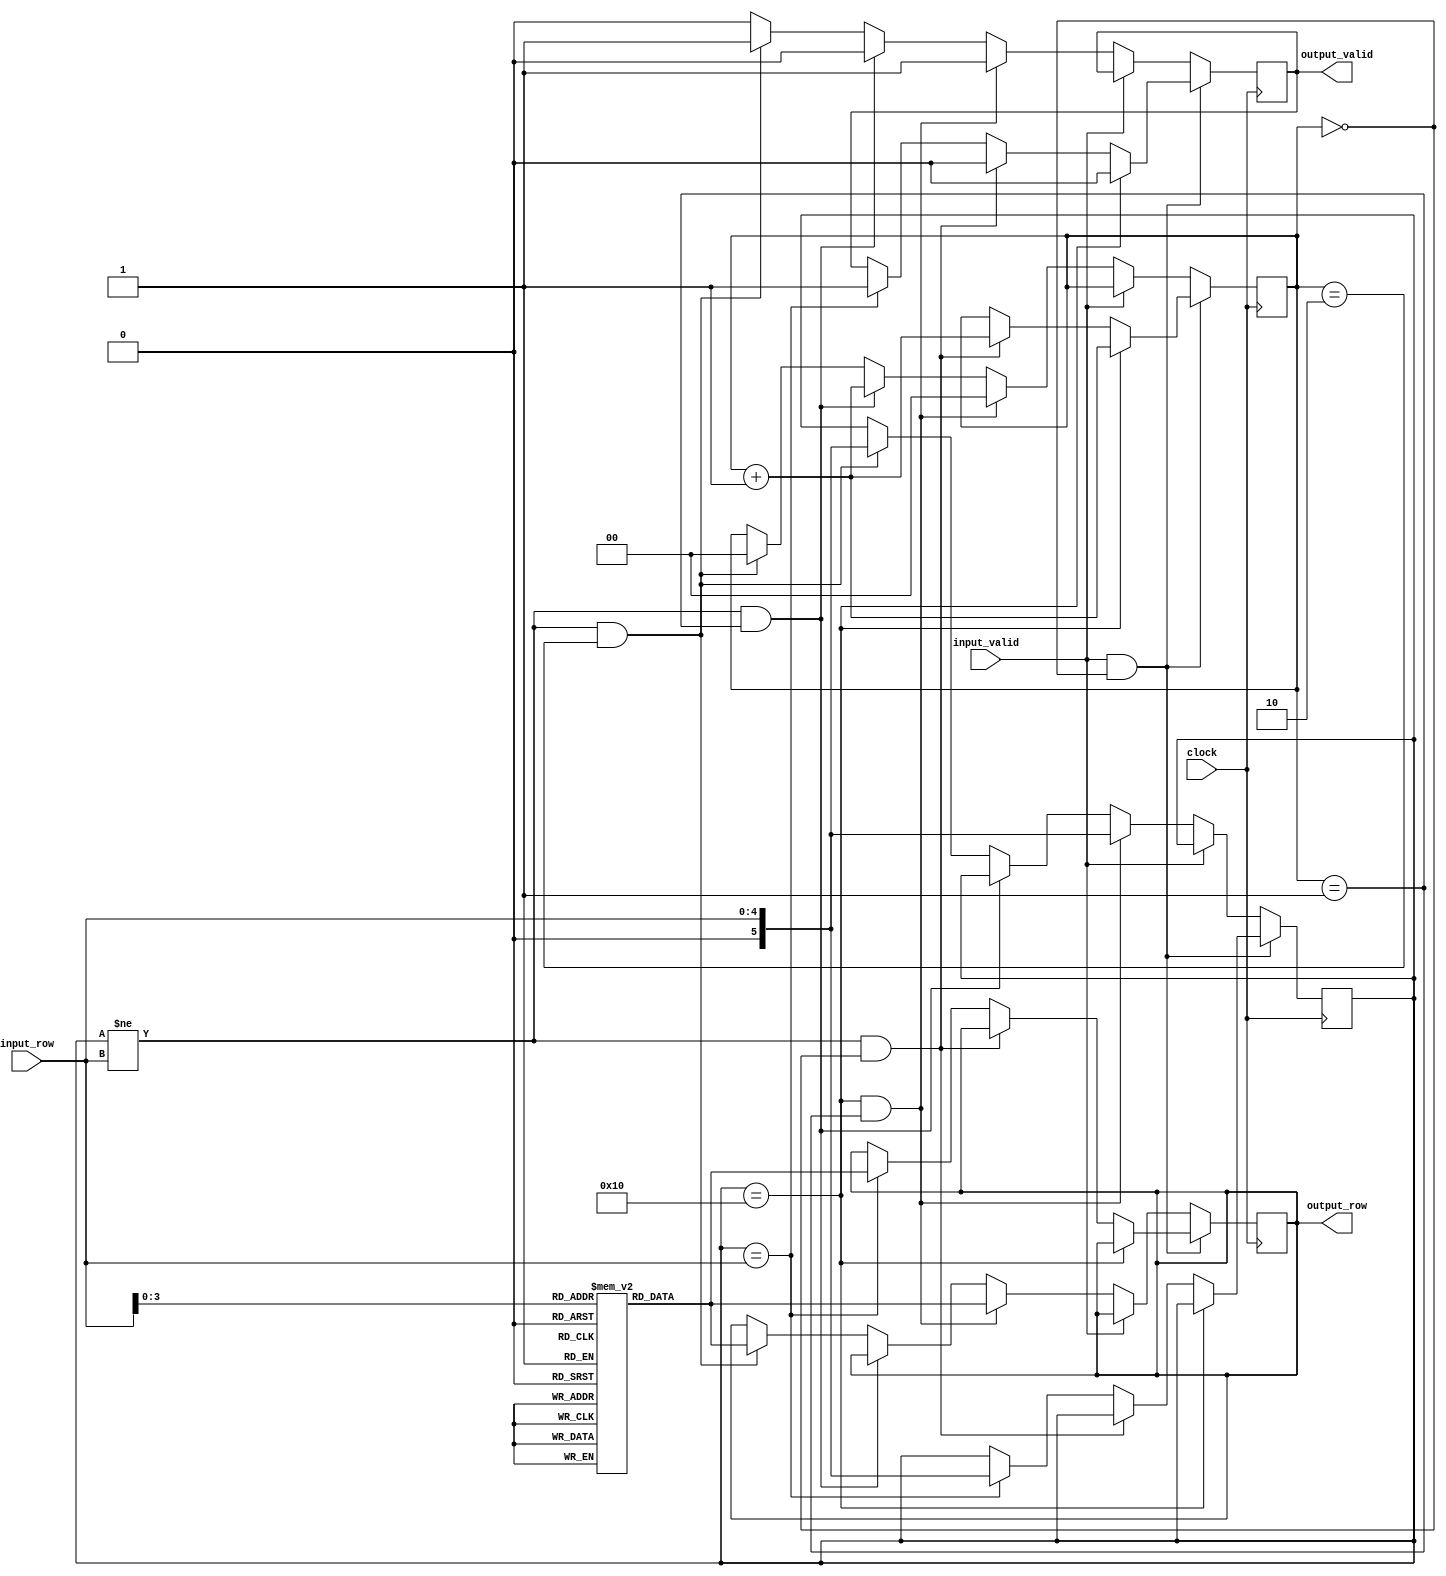
module read(clock, input_row, input_valid, output_row, output_valid);

    reg [31:0] r [15:0]; 
    input clock; 
    input [4:0] input_row;
    input input_valid; 

    output [31:0] output_row;
    reg [31:0] output_row;

    output output_valid; 
    reg output_valid; 

    reg [5:0] open_row;  

    reg [1:0] count; 

    always @(posedge clock) begin
    if (input_valid == 1 && count == 0) begin
        if (open_row == 16) begin
          count <= count + 1; 
          output_valid <= 0;          
        end
          
        else if (open_row != input_row && count == 0) begin
          count <= count + 1; 
          output_valid <= 0; 
        end

        else if (open_row == input_row) begin
          output_valid = 0;
          output_valid <= 1;
          open_row <= input_row; 
          output_row <= r[input_row];
        end
    end
    else if (input_valid == 0) begin
        output_valid <= 0;
        if (open_row == 16 && count == 1) begin
          count <= 0; 
          output_valid <= 1;
          open_row <= input_row; 
          output_row <= r[input_row]; 
        end

        else if (open_row != input_row && count == 1) begin
          count <= count + 1; 
          output_valid <= 0; 
        end

        else if (open_row != input_row && count == 2) begin
          count <= 0; 
          output_valid <= 1;
          open_row <= input_row; 
          output_row <= r[input_row]; 
        end
    end
    end

    initial begin
        r[0] <= 0;
        r[1] <= 1;
        r[2] <= 2;
        r[3] <= 3;
        r[4] <= 4;
        r[5] <= 5;
        r[6] <= 6;
        r[7] <= 7;
        r[8] <= 8;
        r[9] <= 9;
        r[10] <= 10;
        r[11] <= 11;
        r[12] <= 12;
        r[13] <= 13;
        r[14] <= 14;
        r[15] <= 15;
        open_row <= 16; 
        output_valid <= 0; 
        count <= 0;
    end

endmodule